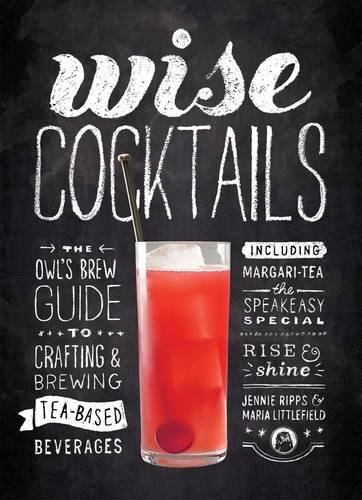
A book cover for Wise Cocktails: The Owl's Brew Guide to Crafting & Brewing Tea-Based Beverages; Jennie Ripps; Cookbooks, Food & Wine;